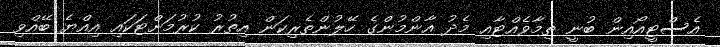
އެސްޓީއޯއިން ބުނީ ތިމާވެއްޓާއި މެދު އާންމުންގެ ހޭލުންތެރިކަން އިތުރު ކުރުމަށްޓަކައި އިއްޔެ ބޭއްވި